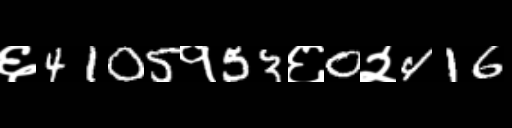
Text: ६4105१53६0२416